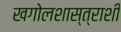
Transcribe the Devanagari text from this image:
खगोलशास्त्राशी